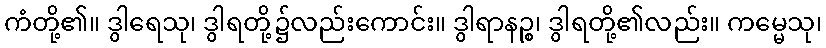
ကံတို့၏။ ဒွါရေသု၊ ဒွါရတို့၌လည်းကောင်း။ ဒွါရာနဉ္စ၊ ဒွါရတို့၏လည်း။ ကမ္မေသု၊